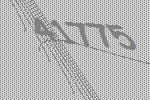
41775